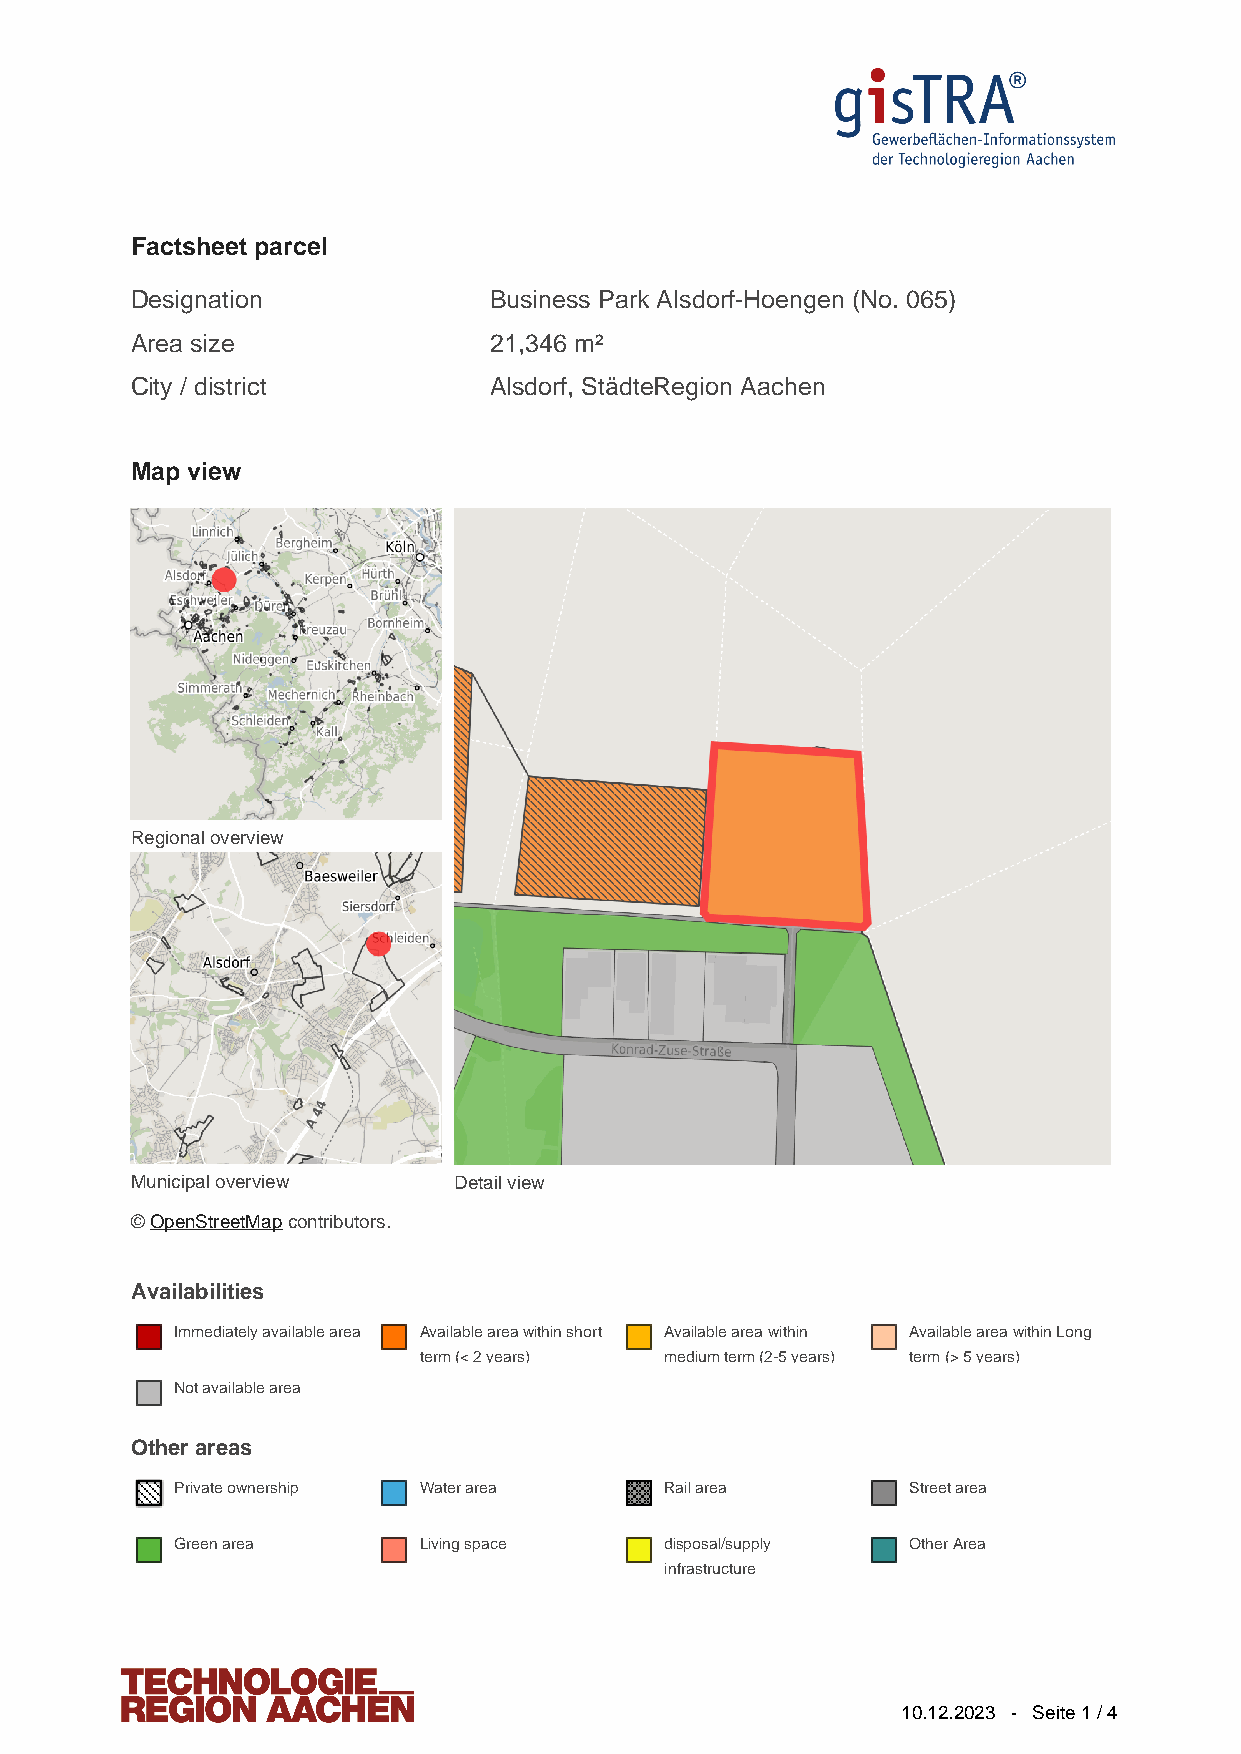
Factsheet parcel
 Designation            Business Park Alsdorf-Hoengen (No. 065)
 Area size              21,346 m²
 City / district        Alsdorf, StädteRegion Aachen
 Map view
 Regional overview
 Municipal overview   Detail view
 © OpenStreetMap contributors.
 Availabilities
 Immediately available area Available area within short Available area within Available area within Long
 term (< 2 years) medium term (2-5 years) term (> 5 years)
 Not available area
 Other areas
 Private ownership Water area    Rail area       Street area
 Green area      Living space    disposal/supply Other Area
 infrastructure
 10.12.2023 - Seite 1 / 4